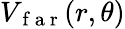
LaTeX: V_{\mathrm{~f~a~r~}}(r,\theta)